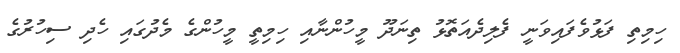
ހިމިތި ފަޅުވެފައިވަނީ ފެލިދެއަތޮޅު ތިނަދޫ މީހުންނާއި ހިމިތީ މީހުންގެ މެދުގައި ހެދި ސިހުރުގެ